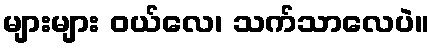
များများ ဝယ်လေ၊ သက်သာလေပဲ။